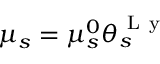
\mu _ { s } = \mu _ { s } ^ { 0 } \theta _ { s } ^ { \mathrm { ~ L ~ y ~ } }